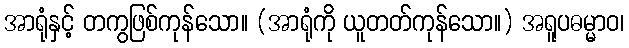
အာရုံနှင့် တကွဖြစ်ကုန်သော။ (အာရုံကို ယူတတ်ကုန်သော။) အရူပဓမ္မာဝ၊